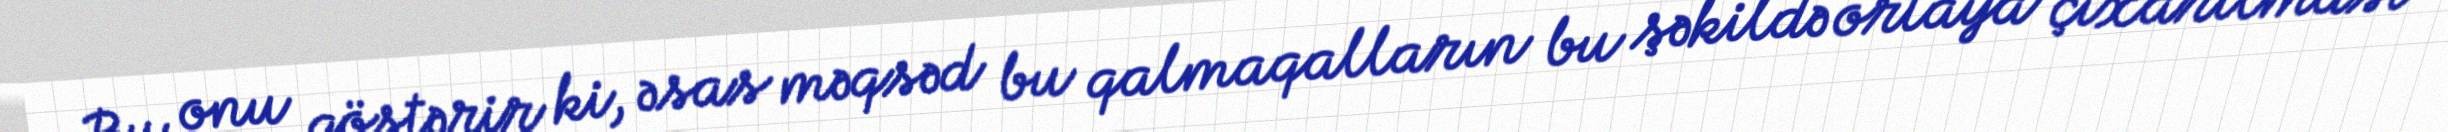
Bu onu göstərir ki, əsas məqsəd bu qalmaqalların bu şəkildə ortaya çıxarılması